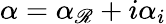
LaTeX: \alpha=\alpha_{\mathscr{R}}+i\alpha_{i}